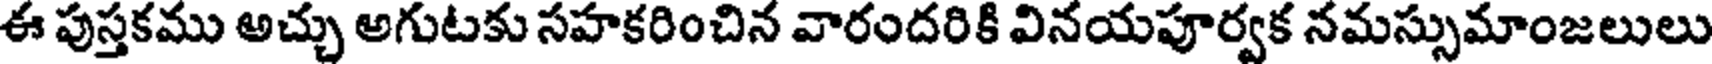
ఈ పుస్తకము అచ్చు అగుటకు సహకరించిన వారందరికి వినయపూర్వక నమస్సుమాంజలులు